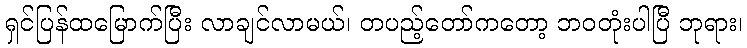
ရှင်ပြန်ထမြောက်ပြီး လာချင်လာမယ်၊ တပည့်တော်ကတော့ ဘဝတုံးပါပြီ ဘုရား၊